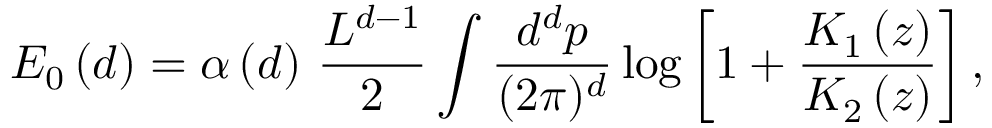
E _ { 0 } \left( d \right) = \alpha \left( d \right) \, \frac { L ^ { d - 1 } } { 2 } \int \frac { d ^ { d } p } { ( 2 \pi ) ^ { d } } \log \left[ 1 + \frac { K _ { 1 } \left( z \right) } { K _ { 2 } \left( z \right) } \right] ,